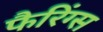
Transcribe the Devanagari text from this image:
फैरिंग्स